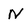
Character: n